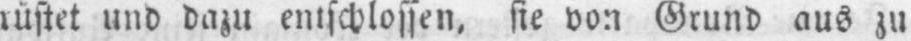
rüstet und dazu entschlossen, sie von Grund aus zu